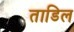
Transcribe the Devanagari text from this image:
ताडिल